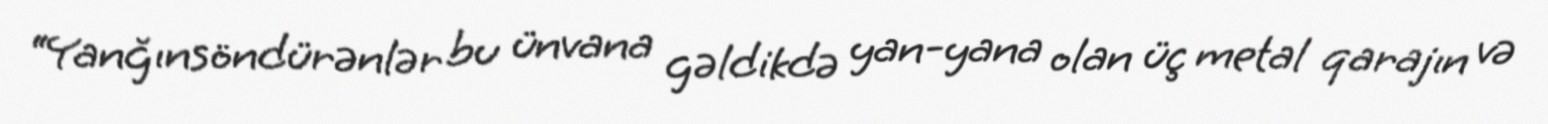
“Yanğınsöndürənlər bu ünvana gəldikdə yan-yana olan üç metal qarajın və